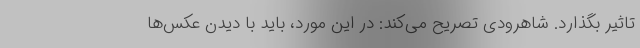
تاثیر بگذارد. شاهرودی تصریح می‌کند: در این مورد، باید با دیدن عکس‌ها